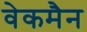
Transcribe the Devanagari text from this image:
वेकमैन